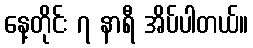
နေ့တိုင်း ၇ နာရီ အိပ်ပါတယ်။